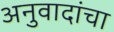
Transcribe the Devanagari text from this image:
अनुवादांचा